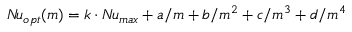
N \! u _ { o p t } ( m ) = k \cdot N \! u _ { m a x } + a / m + b / m ^ { 2 } + c / m ^ { 3 } + d / m ^ { 4 }